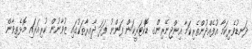
ދަނޑުވެރިކަމާ އުފެއްދުންތެރިކަމާ އިންޖިނޭރިންގ ޑޮކްޓަރީކަން ފަންނު ފަދަ ދާއިރާތަކުގައި ޒުވާނުން ކުރިއަރައި މޮޅެތިވާން